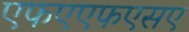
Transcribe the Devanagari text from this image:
एफएएफएसए